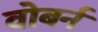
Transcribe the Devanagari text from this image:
वोबर्न